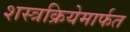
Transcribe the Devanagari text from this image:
शस्त्रक्रियेमार्फत